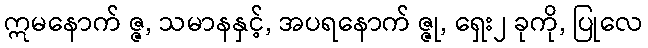
ဣမနောက် ဇ္ဇ, သမာနနှင့်, အပရနောက် ဇ္ဇု, ရှေး၂ ခုကို, ပြုလေ